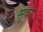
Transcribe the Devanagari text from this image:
सूंदर